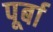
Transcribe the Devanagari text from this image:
पूर्बा